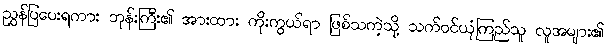
ညွှန်ပြပေးရကား ဘုန်းကြီး၏ အားထား ကိုးကွယ်ရာ ဖြစ်သကဲ့သို့ သက်ဝင်ယုံကြည်သူ လူအများ၏